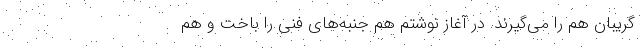
گریبان هم را می‌گیرند. در آغاز نوشتم هم جنبه‌های فنی را باخت و هم